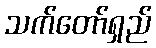
သက်တော်ရှည်